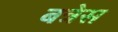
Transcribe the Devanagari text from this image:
बत्रेस